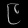
Digit: ၉